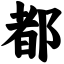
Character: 都